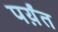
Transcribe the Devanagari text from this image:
पर्य़ंत